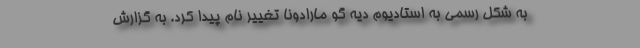
به شکل رسمی به استادیوم دیه گو مارادونا تغییر نام پیدا کرد. به گزارش